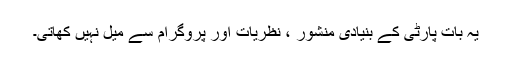
یہ بات پارٹی کے بنیادی منشور ، نظریات اور پروگرام سے میل نہیں کھاتی۔